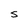
Character: s